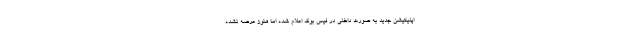
اپلیکیشن جدید به صورت داخلی در فیس بوک اعلام شده اما هنوز عرضه نشده